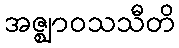
အဇ္ဈာဝသသီတိ